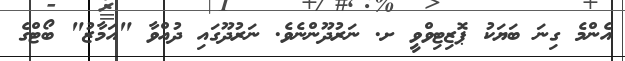
އެންމެ ގިނަ ބަޔަކު ޕޮޒިޓިވްވީ ށ. ނަރުދޫންނެވެ. ނަރުދޫގައި ދުއްވާ "އަމާޒު" ބޯޓްގެ